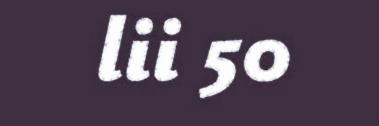
lii 50